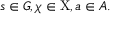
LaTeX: s \in G , \chi \in \mathrm { X } , a \in A .